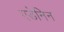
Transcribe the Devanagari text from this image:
एडेनिन